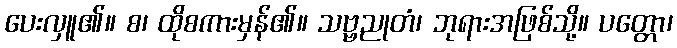
ပေးလှူ၏။ စ၊ ထိုစကားမှန်၏။ သဗ္ဗညုတံ၊ ဘုရားအဖြစ်သို့။ ပတ္တော၊